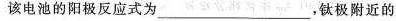
该电池的阳极反应式为___，钛极附近的